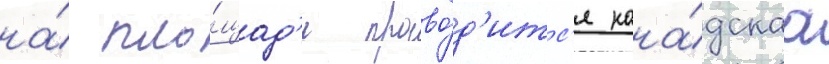
на́ пло́щад'и прово́д'итс'я кана́дскаа